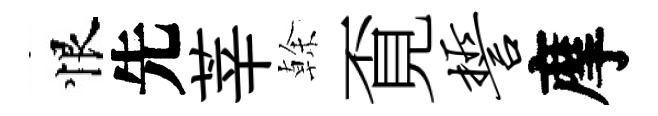
恨先莘𠏉覔誓摩